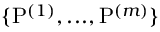
\{ \mathrm { P } ^ { ( 1 ) } , . . . , \mathrm { P } ^ { ( m ) } \}